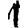
Digit: 1